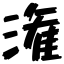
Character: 潅